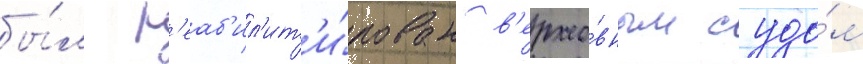
бы́л р'еаб'ил'ит'и́рован в'ерхо́вным судо́м